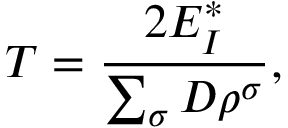
T = \frac { 2 E _ { I } ^ { * } } { \sum _ { \sigma } D \rho ^ { \sigma } } ,